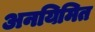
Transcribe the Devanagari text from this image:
अनयिमित